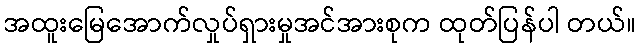
အထူးမြေအောက်လှုပ်ရှားမှုအင်အားစုက ထုတ်ပြန်ပါ တယ်။